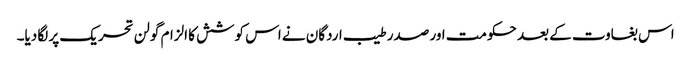
اس بغاوت کے بعد حکومت اور صدر طیب اردگان نے اس کوشش کا الزام گولن تحریک پر لگا دیا۔